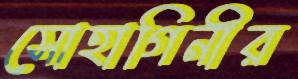
সোহাগিনীর